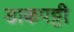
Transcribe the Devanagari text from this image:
डाकपट्टी